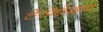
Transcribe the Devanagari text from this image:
टोरपेडोद्वारा